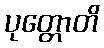
ပုတ္တောတိ